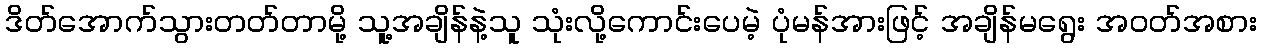
ဒိတ်အောက်သွားတတ်တာမို့ သူ့အချိန်နဲ့သူ သုံးလို့ကောင်းပေမဲ့ ပုံမန်အားဖြင့် အချိန်မရွေး အဝတ်အစား